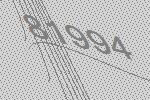
81994